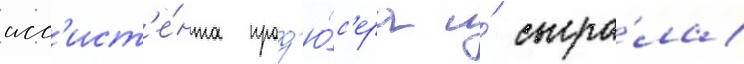
асс'ист'е́нта прод'ю́с'ера и́ сыгра́ла